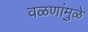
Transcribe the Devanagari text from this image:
वळणांमुळे